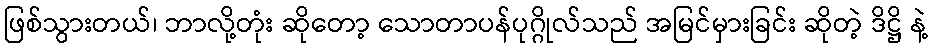
ဖြစ်သွားတယ်၊ ဘာလို့တုံး ဆိုတော့ သောတာပန်ပုဂ္ဂိုလ်သည် အမြင်မှားခြင်း ဆိုတဲ့ ဒိဋ္ဌိ နဲ့